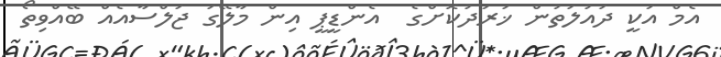
އެމް އަކީ ދައުލަތުން ޚަރަދުކޮށްގެ  އެންޑީޕީ އިން މާލޭގަ ޖަލްސާއެއް ބޭއްވިތޯ